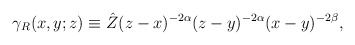
\begin{align*}\gamma_{R}(x,y;z) \equiv\hat Z (z-x)^{-2\alpha}(z-y)^{-2\alpha}(x-y)^{-2\beta},\end{align*}